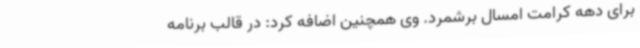
برای دهه کرامت امسال برشمرد. وی همچنین اضافه کرد: در قالب برنامه